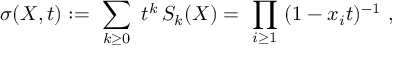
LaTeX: \sigma ( X , t ) : = \ \sum _ { k \geq 0 } \ t ^ { k } \, S _ { k } ( X ) = \ \prod _ { i \geq 1 } \ ( 1 - x _ { i } t ) ^ { - 1 } \ ,